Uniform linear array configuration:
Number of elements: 12
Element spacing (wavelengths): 0.75
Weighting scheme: binomial
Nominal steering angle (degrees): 45
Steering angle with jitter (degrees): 44.906
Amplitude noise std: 0.05
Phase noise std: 0.05

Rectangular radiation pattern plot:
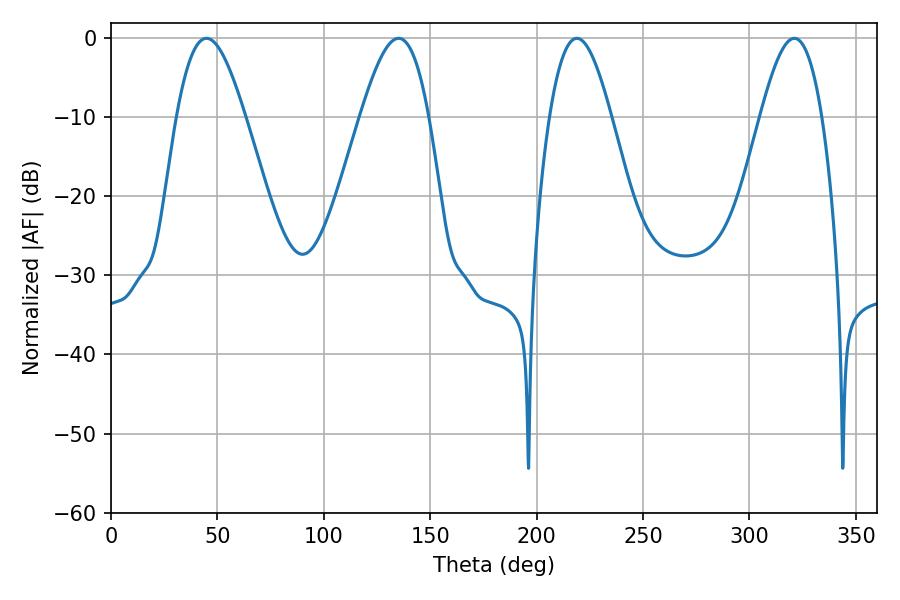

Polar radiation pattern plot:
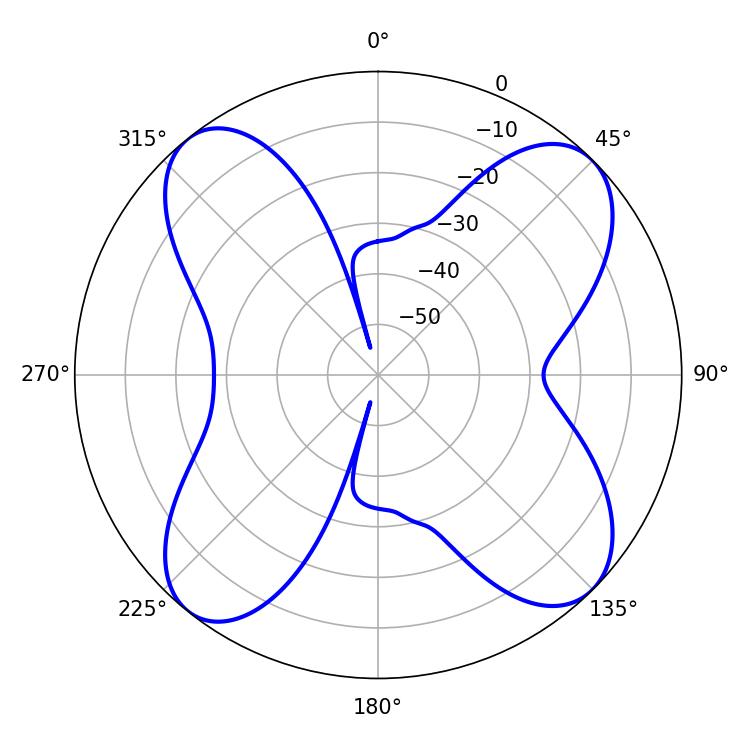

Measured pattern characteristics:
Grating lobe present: TRUE
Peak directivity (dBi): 13.384
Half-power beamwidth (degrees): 15.66
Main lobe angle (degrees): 218.88